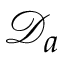
{ \mathcal { D } } _ { a }